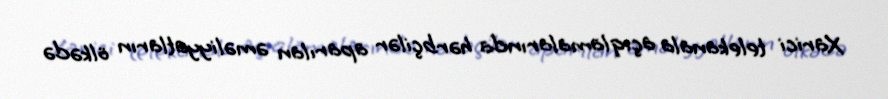
Xarici telekanala açıqlamalarında hərbçilər aparılan əməliyyatların ölkədə